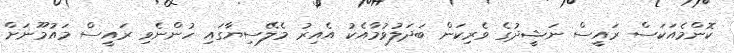
ކޮންމެއަކަސް ރައީސް ނަޝީދުގެ ވެރިކަން ބަދަލުވުމާއެކު އެއިރު މެލޭސިޔާގައި ހުންނެވި ރައީސް މައުމޫނަށް